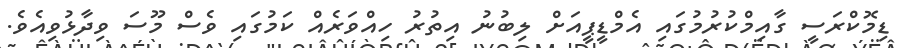
ޑިމޮކްރަސީ ގާއިމްކުރުމުގައި އެމްޑީޕީއަށް ލިބުނު އިތުރު ހިއްވަރެއް ކަމުގައި ވެސް މޫސަ ވިދާޅުވިއެވެ.